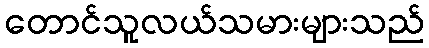
တောင်သူလယ်သမားများသည်